Annual report of the Imperial Bacteriologist
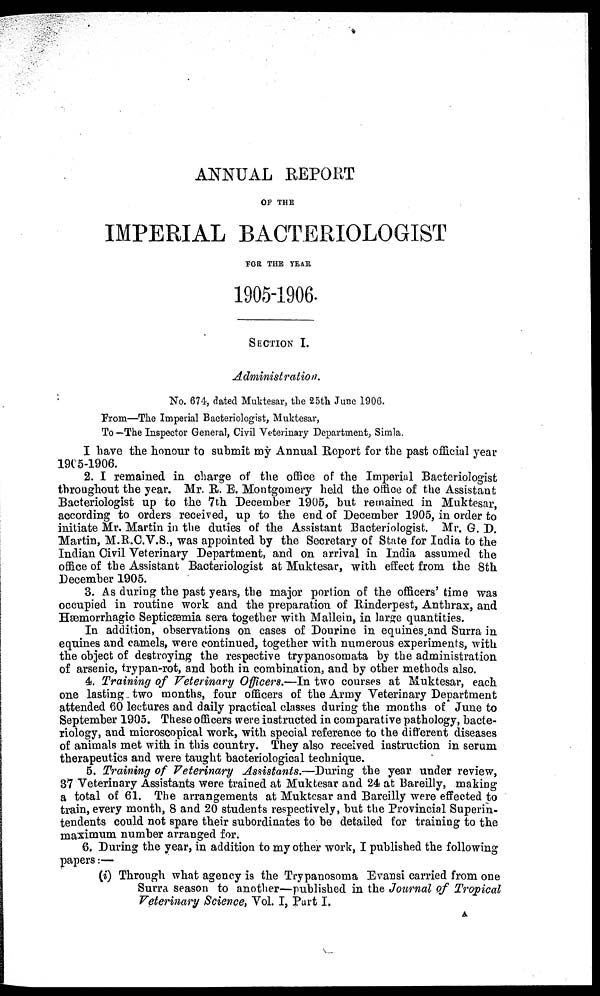
ANNUAL REPORT
OF THE
IMPERIAL BACTERIOLOGIST
FOR THE YEAR
1905-1906.
SECTION I.
Administration.
No. 674, dated Muktesar, the 25th June 1906.
From—The Imperial Bacteriologist, Muktesar,
To—The Inspector General, Civil Veterinary Department, Simla.
I have the honour to submit my Annual Report for the past official year
1905-1906.
2. I remained in charge of the office of the Imperial Bacteriologist
throughout the year. Mr. R. E. Montgomery held the office of the Assistant
Bacteriologist up to the 7th December 1905, but remained in Muktesar,
according to orders received, up to the end of December 1905, in order to
initiate Mr. Martin in the duties of the Assistant Bacteriologist. Mr. G. D.
Martin, M.R.C.V.S., was appointed by the Secretary of State for India to the
Indian Civil Veterinary Department, and on arrival in India assumed the
office of the Assistant Bacteriologist at Muktesar, with effect from the 8th
December 1905.
3. As during the past years, the major portion of the officers' time was
occupied in routine work and the preparation of Rinderpest, Anthrax, and
Hæmorrhagic Septicæmia sera together with Mallein, in large quantities.
In addition, observations on cases of Dourine in equines and Surra in
equines and camels, were continued, together with numerous experiments, with
the object of destroying the respective trypanosomata by the administration
of arsenic, trypan-rot, and both in combination, and by other methods also.
4. Training of Veterinary Officers.—In two courses at Muktesar, each
one lasting two months, four officers of the Army Veterinary Department
attended 60 lectures and daily practical classes during the months of June to
September 1905. These officers were instructed in comparative pathology, bacte-
riology, and microscopical work, with special reference to the different diseases
of animals met with in this country. They also received instruction in serum
therapeutics and were taught bacteriological technique.
5. Training of Veterinary Assistants.—During the year under review,
37 Veterinary Assistants were trained at Muktesar and 24 at Bareilly, making
a total of 61. The arrangements at Muktesar and Bareilly were effected to
train, every month, 8 and 20 students respectively, but the Provincial Superin-
tendents could not spare their subordinates to be detailed for training to the
maximum number arranged for.
6. During the year, in addition to my other work, I published the following
papers :—
(i) Through what agency is the Trypanosoma Evansi carried from one
Surra season to another—published in the Journal of Tropical
Veterinary Science, Vol. I, Part I.
A